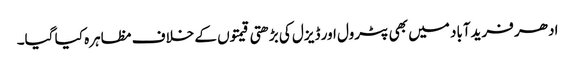
ادھر فریدآباد میں بھی پٹرول اور ڈیزل کی بڑھتی قیمتوں کے خلاف مظاہرہ کیا گیا۔